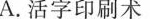
A,活字印刷术